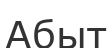
Абыт